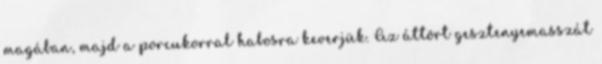
magában, majd a porcukorral habosra keverjük. Az áttört gesztenyemasszát